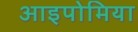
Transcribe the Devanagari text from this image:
आइपोमिया